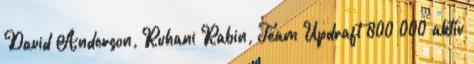
David Anderson, Ruhani Rabin, Team Updraft 800 000 aktív